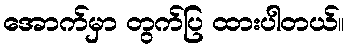
အောက်မှာ တွက်ပြ ထားပါတယ်။